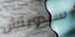
سندويتش